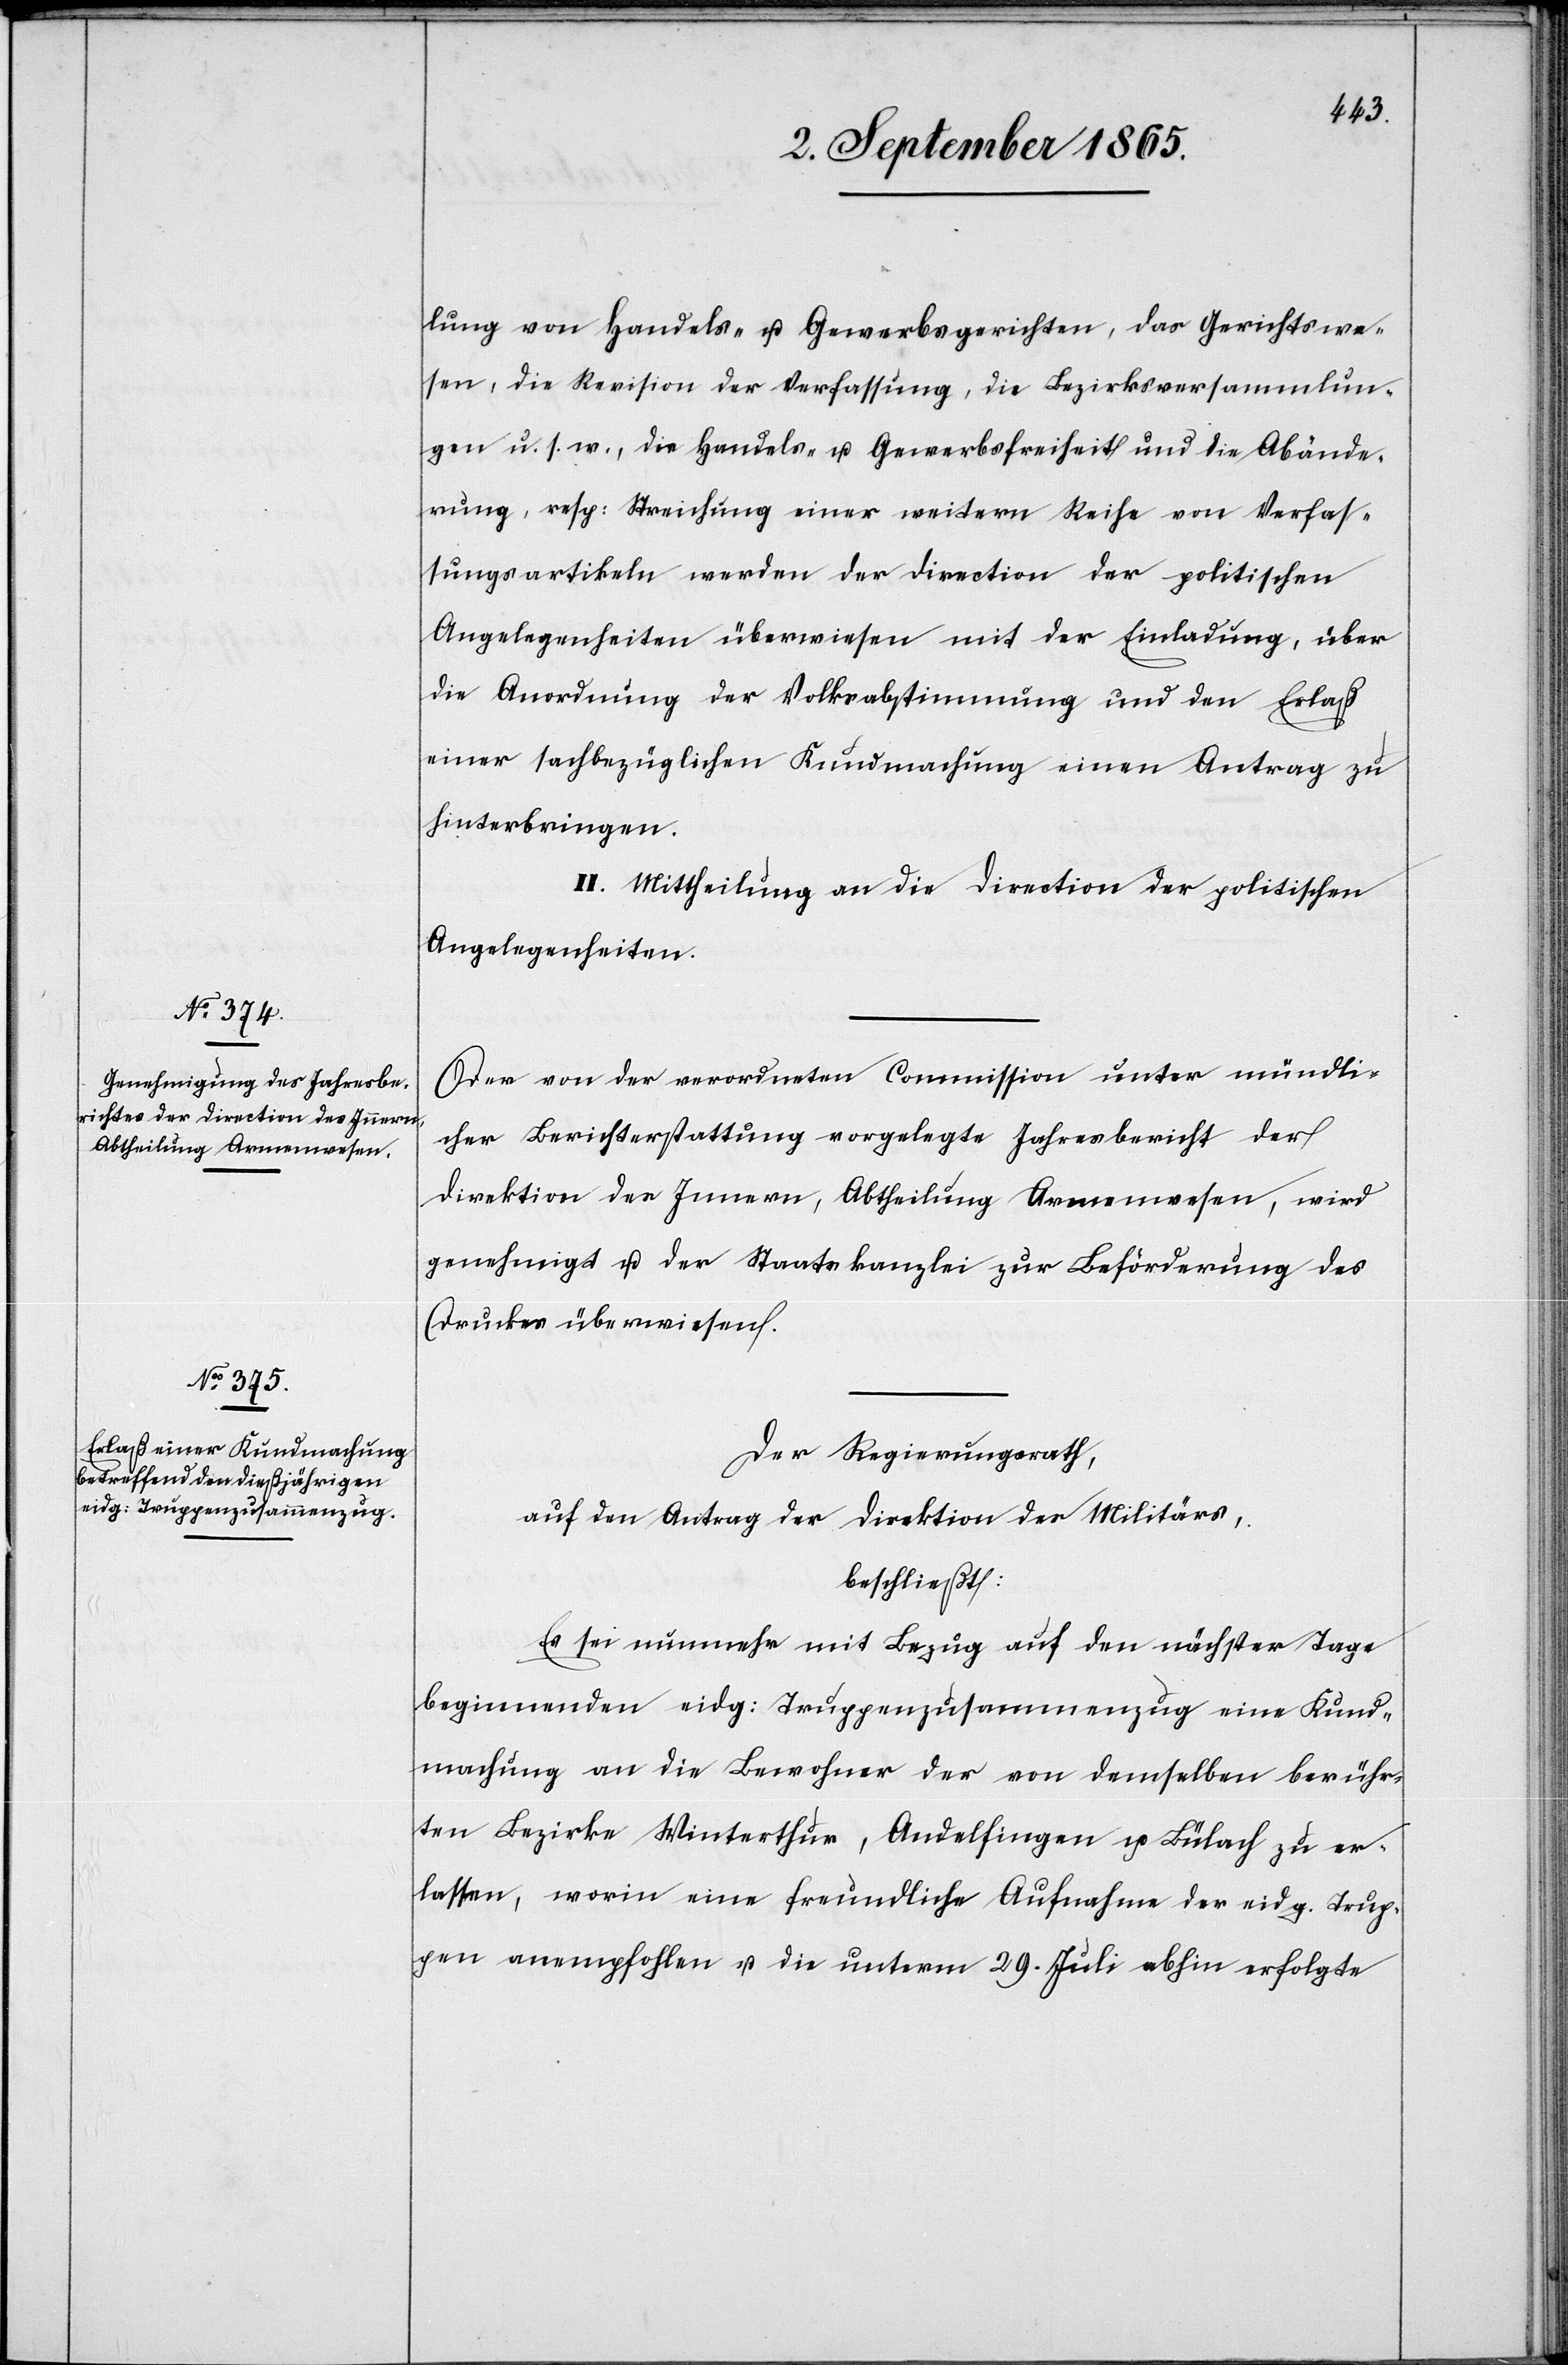
lung von Handels- u. Gewerbsgerichten, das Gerichtswe¬
sten, die Revision der Verfassung, die Bezirksversammlun¬
gen u. s. w., die Handels- u. Gewerbsfreiheit und die Abände¬
rung, resp: Streichung einer weitern Reihe von Verfas¬
sungsartikeln werden der Direction der politischen
Angelegenheiten überwiesen mit der Einladung, über
die Anordnung der Volksabstimmung und den Erlaß
einer sachbezüglichen Kundmachung einen Antrag zu
hinterbringen.
II. Mittheilung an die Direction der politischen
Angelegenheiten.
Der von der verordneten Commission unter mündli¬
cher Berichterstattung vorgelegte Jahresbericht der
Direktion des Innern, Abtheilung Armenwesen, wird
genehmigt u. der Staatskanzlei zur Beförderung des
Druckes überwiesen.
Der Regierungsrath,
auf den Antrag der Direktion des Militärs,
beschließt:
Es sei nunmehr mit Bezug auf den nächster Tage
beginnenden eidg: Truppenzusammenzug eine Kund¬
machung an die Bewohner der von demselben berühr¬
ten Bezirke Winterthur, Andelfingen u. Bülach zu er¬
lassen, worin eine freundliche Aufnahme der eidg. Trup¬
pen anempfohlen u. die unterm 29. Juli abhin erfolgte